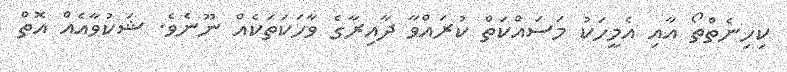
ކިހިނެތްތޯ އާއި އެމީހަކު މަސައްކަތް ކުރައްވާ ދާއިރާގެ ވާހަކަތަކެއް ނޫނެވެ. ޝަކުވާއެއް އޮތް